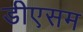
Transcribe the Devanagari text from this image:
डीएसम